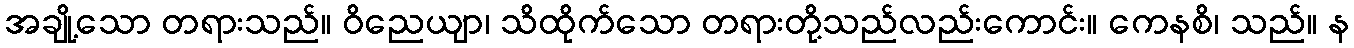
အချို့သော တရားသည်။ ဝိညေယျာ၊ သိထိုက်သော တရားတို့သည်လည်းကောင်း။ ကေနစိ၊ သည်။ န